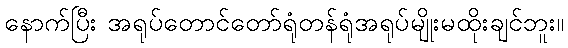
နောက်ပြီး အရုပ်တောင်တော်ရုံတန်ရုံအရုပ်မျိုးမထိုးချင်ဘူး။